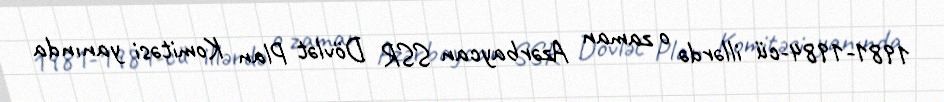
1981-1984-cü illərdə o zaman Azərbaycan SSR Dövlət Plan Komitəsi yanında